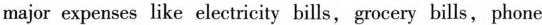
major expenses like electricity bills, grocery bills, phone